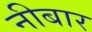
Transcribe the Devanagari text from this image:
नीबार